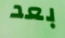
بعد